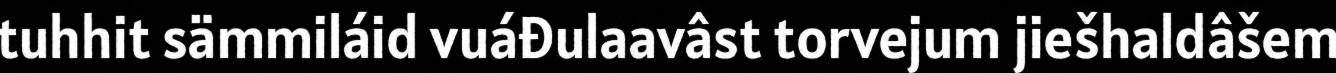
tuhhit sämmiláid vuáđulaavâst torvejum jiešhaldâšem